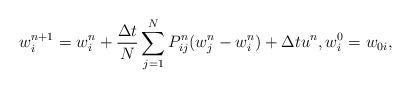
LaTeX: \begin{align*}w^{n+1}_i=w^n_i+\frac{\Delta t}{N}\sum_{j=1}^{N}P^n_{ij}(w^n_j-w^n_i)+\Delta t u^n,w^0_i= w_{0i},\end{align*}